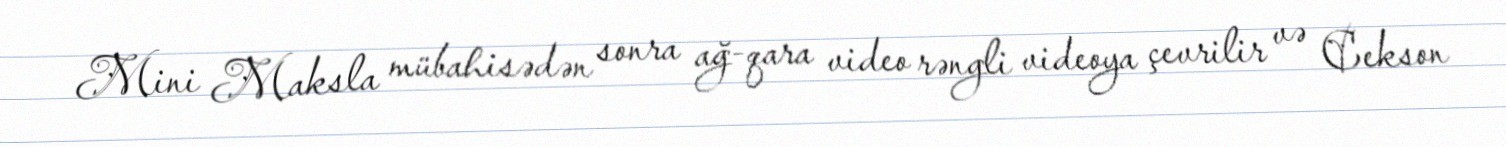
Mini Maksla mübahisədən sonra ağ-qara video rəngli videoya çevrilir və Cekson